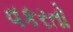
વકરતો